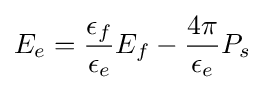
E_{e}={\frac {\epsilon _{f}}{\epsilon _{e}}}E_{f}-{\frac {4\pi }{\epsilon _{e}}}P_{s}